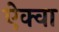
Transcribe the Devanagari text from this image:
ऐक्वा